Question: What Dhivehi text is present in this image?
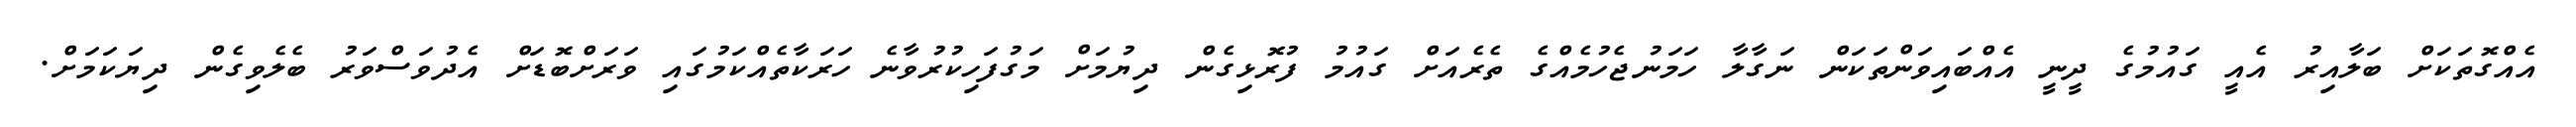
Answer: އެއްގޮތަކަށް ބަލާއިރު އެއީ ގައުމުގެ ދީނީ އެއްބައިވަންތަކަން ނަގާލާ ހަމަނުޖެހުމެއްގެ ތެރެއަށް ގައުމު ފުރޮޅިގެން ދިޔުމަށް މަގުފަހިކުރުވާނެ ހަރަކާތެއްކަމުގައި ވަރަށްބޮޑަށް އެދުވަސްވަރު ބެލެވިގެން ދިޔަކަމަށް.